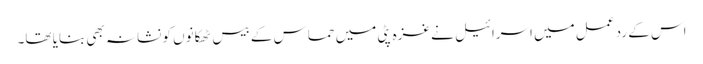
اس کے رد عمل میں اسرائیل نے غزہ پٹی میں حماس کے بیس ٹھکانوں کو نشانہ بھی بنایا تھا۔